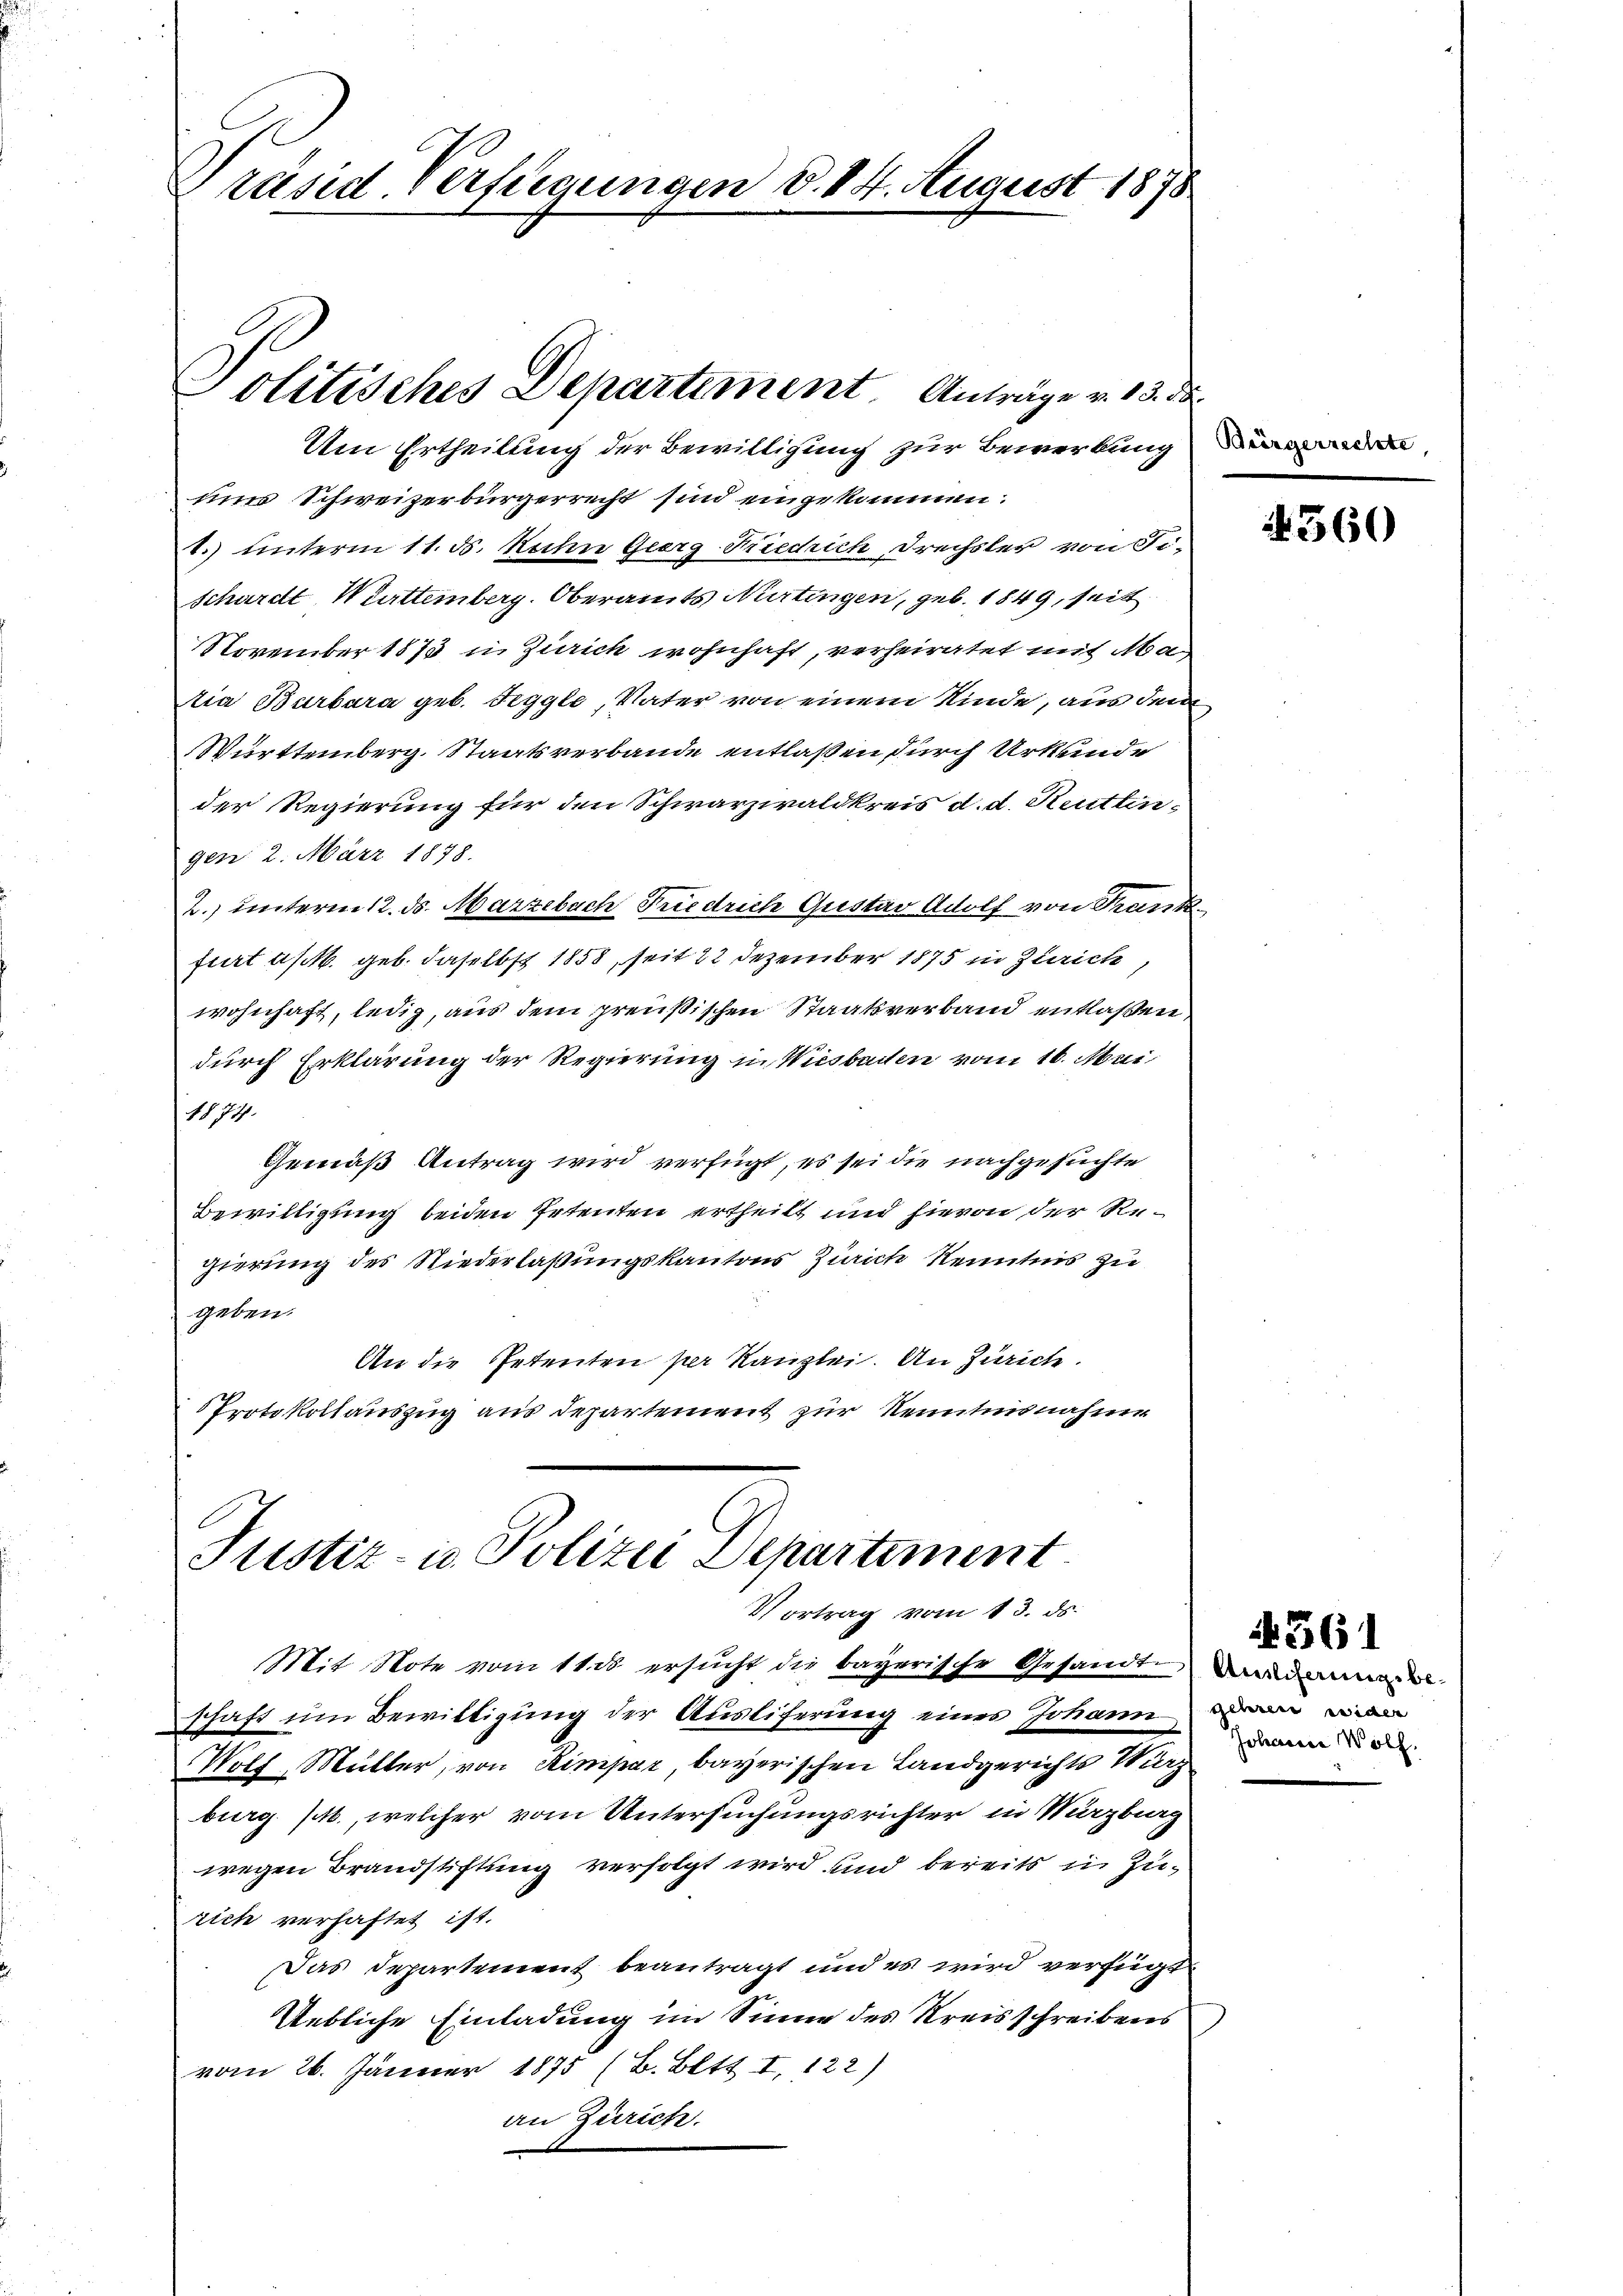
Drused-Verfügungen d. 14. August 1878

Politisches Departement. Anträge v. 13. de

Um Ertheilung der Bewilligung zur Bewerkung
nur Schweizerbürgerrecht sind eingekommen.
t.) unterm 11. ds. Nachn Georg Friedrich, Frechsler von Fi-
schardt, Württemberg. Oberamts Nürtingen, geb. 1849, seit
November 1873 in Zürich wohnhaft, verheiratet mit Ma
tia Barbara geb. Feggle, Vater von einem Kinde, aus dem
Württemberg. Staatsverbande entlaßen durch Urkunde
der Regierung für den Schwarzwaldkreis d. d. Reutlingen 2. März 1878.
2. unterm 12. ds. Marzebach Friedrich Gustav Adolf von Frank-
furt a/M. geb. daselbst 1858, seit 22 Dezember 1875 in Zürich,
wohnhaft, ledig, aus dem preußischen Staatsverband entlaßen,
durch Erklärung der Regierung in Wiesbachen vom 16. Mai
1874.
Gemäß Antrag wird verfügt, es sei die nachgesuchte
Bewilligung beiden Petenten ertheilt und hievon der Regierung des Niederlaßungskantons Zürich Kenntnis zu
geben.
An die Petenten per Kanzlei. An Zürich.
Protokollauszug aus Departement zur Kenntnisnahme

Justiz- u. Polizei Departement
Vortrag vom 13. ds.

Mit Note vom 11. ds ersucht die bayerische Gesandt-Baaddel
schaft um Bewilligung der Ausliferung eines Johann die wiede
Wolf, Müller, von Rimpar, bayerischen Landgerichts Wirz
burg (M., welcher vom Untersuchungsrichter in Marzburg
wegen Brandstiftung verfolgt wird und bereits in Zurich verhaftet ist.
Das Departement beantragt und es wird verfügt
Uebliche Einladung im Sinne des Kreisschreibens
vom 26. Jänner 1875 (B. Bett. I, 122)
an Zürich.

4360

Johann Wöll.

N 561